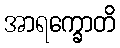
အာရက္ခောတိ